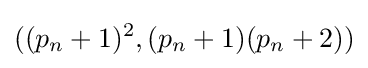
((p_{n}+1)^{2},(p_{n}+1)(p_{n}+2))